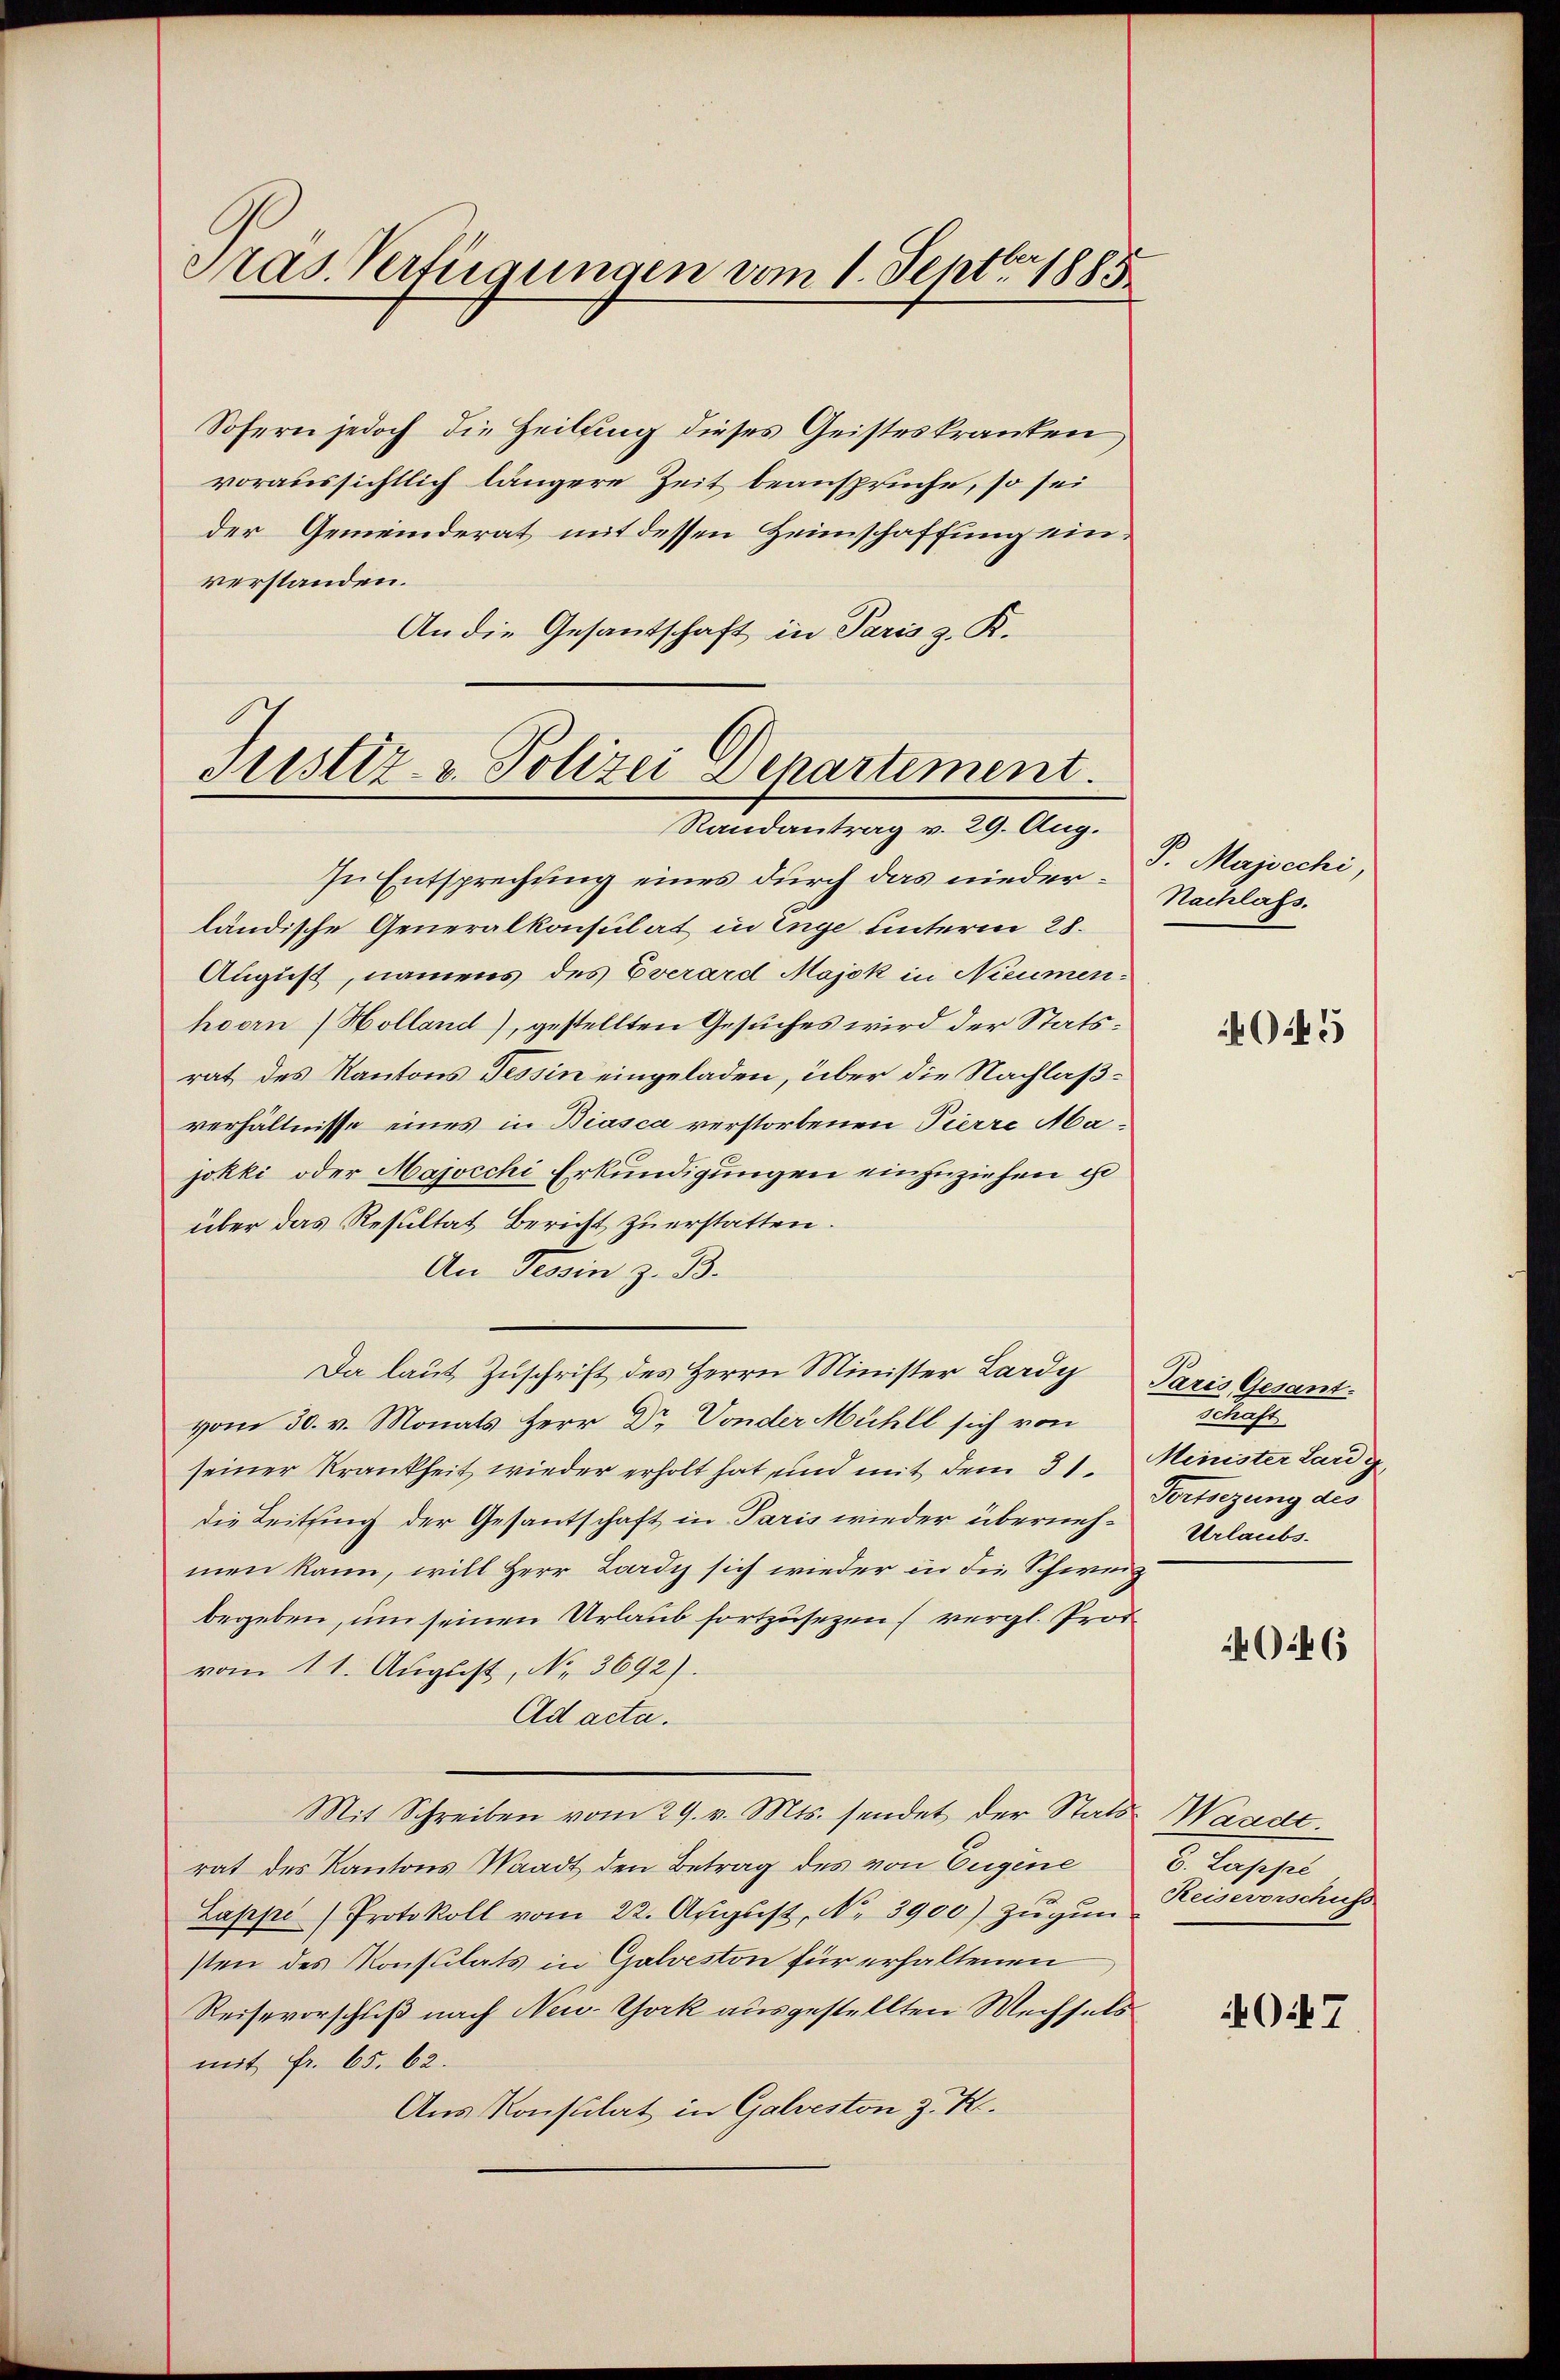
Pras. Verfügungen vom 1. Sept. 1885

Sofern jedoch die Heilung dieses Geisteskranken
voraussichtlich längere Zeit beansprüche, so sei
der Gemeinderat mit dessen Heimschaffung einverstanden.
An die Gesantschaft in Paris z. B.

Fristiz- & Polizei Departement.
Randantrag v. 29. Aug.

In Entsprechung eines durch das nieder P. Majocchi,
ländische Generalkonsulat in Enge unterm 28.
August, namens des Everard Majok in Nieumen-
hoorn (Holland), gestellten Gesuches wird der Statsrat des Kantons Tessin eingeladen, über die Nachlaßverhältnisse eines in Biasca verstorbenen Pierre Majokki oder Majocchi Erkundigungen einzuziehen ist
über das Resultat Bericht zu erstatten.
An Tessin z. B.
Da laut Zuschrift des Herrn Minister Lardy
vom 30. v. Monats Herr Dr. Vonder Mühll sich von
seiner Krankheit wieder erholt hat und mit dem 31.
die Leitung der Gesantschaft in Paris wieder übernehmen kann, will Herr Lardy sich wieder in die Schweiz
begeben, um seinen Urlaub fortzusetzen (vergl. Prof
vom 11. August, No. 3692).
Ad acta.
Mit Schreiben vom 29. v. Mts. sendet der Stats Waadt.
rat des Kantons Waadt den Betrag des von Eugene
Lappe Protokoll vom 22. August, No. 3900) zugun
sten des Konsulats in Galveston für erhaltenen
Reisevorschuß nach New-York ausgestellten Wechsels
mit Fr. 65. 62.
Aus Konsulat in Galveston z. K.

Nachlass.

45

Paris Gesant.
Schaft
Minister Land g
Fortsezung des
Urlaubs.

D. Lappe
Reisevorschuss

Oit 7